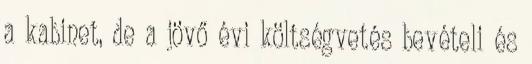
a kabinet, de a jövő évi költségvetés bevételi és